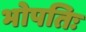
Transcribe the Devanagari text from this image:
भोपतिः